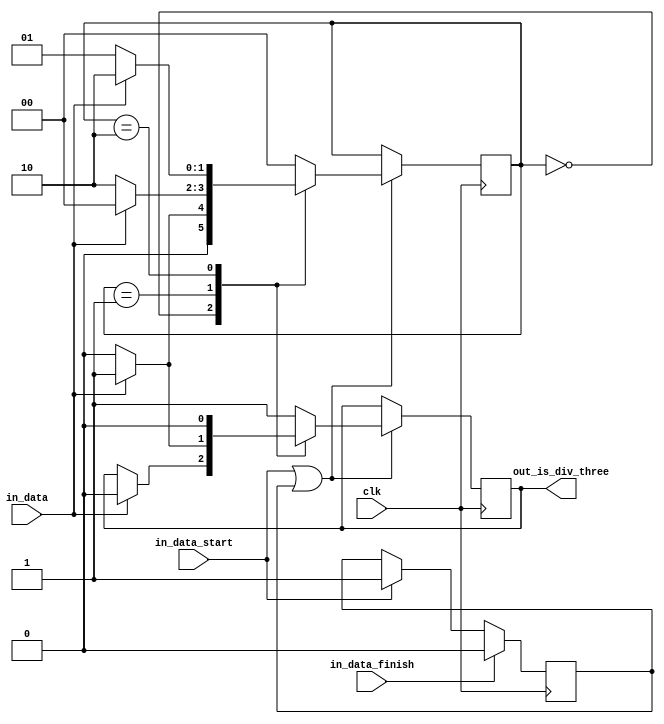




module div_three (
	input clk, 		// Clock
	input in_data, 		// input number
	input in_data_start,  // Flag starting data transmition
	input in_data_finish, // Flag finishing data transmition
	
	output out_is_div_three
);

reg is_div_three = 1;
reg [1:0] state = 0;
reg is_transmition = 0;
assign input_bit = in_data;

// turning ON/OFF
always @(posedge clk) begin 
	if (in_data_start == 1)
		is_transmition <= 1;
	if (in_data_finish == 1)
		is_transmition <= 0;
	end


always @(posedge clk) begin 

	if (in_data_start | is_transmition) begin
		case (state)
			2'b00: begin
				state <= input_bit ? 1 : 0;
				if (input_bit)
					is_div_three <= 0; // state 0 -> 1
			end
			2'b01: begin
				state <= input_bit ? 0 : 2;
				is_div_three <= input_bit ? 1 : 0;
			end
			2'b10: begin
				state <= input_bit ? 2 : 1;
				is_div_three <= 0;
			end

			default : begin 
				state <= 0;
				is_div_three <= 1;
			end
		endcase
	end

end



assign out_is_div_three = is_div_three;




endmodule